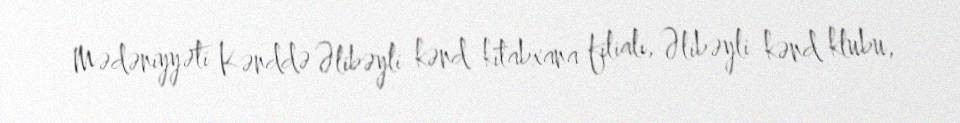
Mədəniyyəti Kənddə Əlibəyli kənd kitabxana filialı, Əlibəyli kənd klubu,